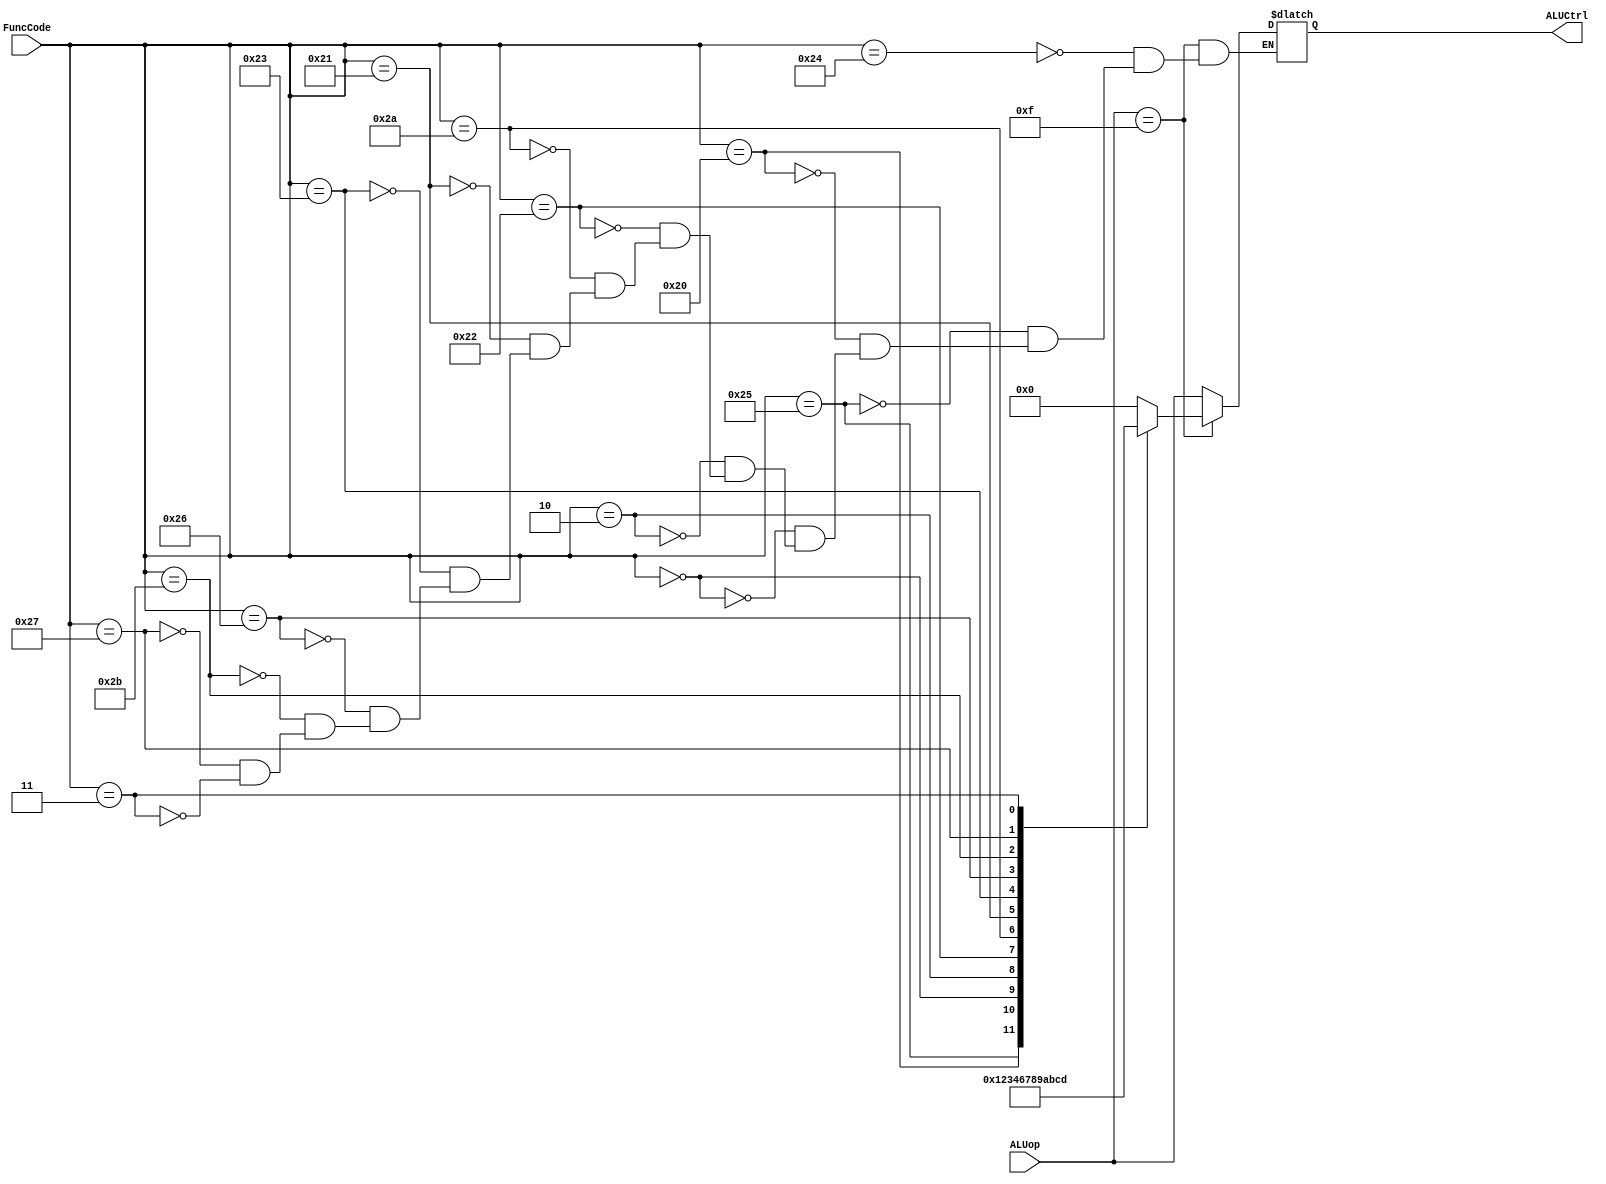
`timescale 1ns / 1ps

module ALUControl(
	output [3:0] ALUCtrl,
	input  [3:0] ALUop,
	input  [5:0] FuncCode
);

reg [3:0] out;

always @ (ALUop, FuncCode) begin
	if (ALUop == 4'b1111) 
		case (FuncCode)
			
			// AND
			6'b100100: out <= 4'b0000;

			// OR
			6'b100101: out <= 4'b0001;

			// ADD (signed)
			6'b100000: out <= 4'b0010;

			// SLL
			6'b000000: out <= 4'b0011;

			// SRL
			6'b000010: out <= 4'b0100;

			// SUB (signed)
			6'b100010: out <= 4'b0110;

			// SLT
			6'b101010: out <= 4'b0111;

			// ADDU 
			6'b100001: out <= 4'b1000;

			// SUBU
			6'b100011: out <= 4'b1001;

			// XOR
			6'b100110: out <= 4'b1010;

			// SLTU
			6'b101011: out <= 4'b1011;

			// NOR
			6'b100111: out <= 4'b1100;

			// SRA
			6'b000011: out <= 4'b1101;

		endcase

	else out <= ALUop;
end

 assign #2 ALUCtrl = out;

endmodule